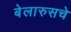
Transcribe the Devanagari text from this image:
बेलारुसचे